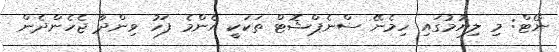
ނޯޓް: މި ލިޔުމުގައި ހިމެނޭ ސްނެޕްޝޮޓް ތަކަކީ އެންމެ ފަހު ވިންދާ ޖެހެންދެން